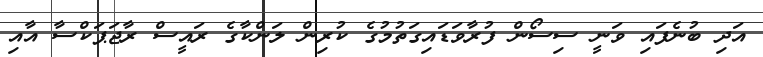
އަދި ބުނެފައި ވަނީ ސިސޯން ފުރާވަޑައިގަތުމުގެ ކުރިން ލަންކާގެ ރައީސް ރާޖަޕަކްސާ އާއި